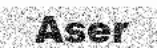
Aser